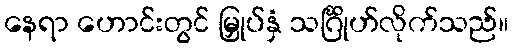
နေရာ ဟောင်းတွင် မြှုပ်နှံ သင်္ဂြိုဟ်လိုက်သည်။